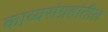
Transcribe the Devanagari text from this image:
काव्यसंग्रहांतील